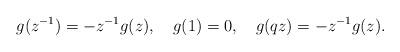
LaTeX: \begin{align*} g(z^{-1})=-z^{-1}g(z),~~~g(1)=0,~~~g(qz)=-z^{-1}g(z).\end{align*}